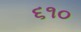
૬૧૦